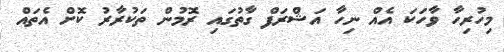
މިހުރިހާ ވާހަކަ އެއް ނިހާ އަޝްރަފް ގާތުގައި ރޮމުން ތަކުރާރު ކޮށް އެތައް